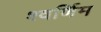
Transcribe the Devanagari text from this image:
श्वर्णिम